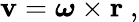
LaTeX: \mathbf{v}={\boldsymbol{\omega}}\times\mathbf{r}\ ,